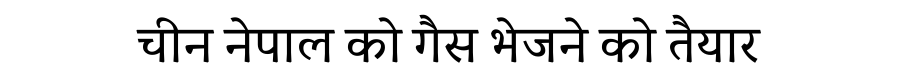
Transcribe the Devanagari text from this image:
चीन नेपाल को गैस भेजने को तैयार